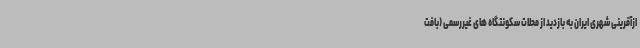
ازآفرینی شهری ایران به بازدید از محلات سکونتگاه های غیررسمی (بافت